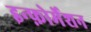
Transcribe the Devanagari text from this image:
इन्फ़ोर्मेशन